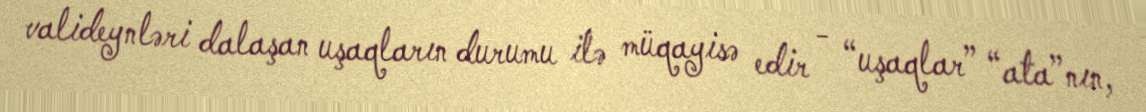
valideynləri dalaşan uşaqların durumu ilə müqayisə edir - “uşaqlar” “ata”nın,